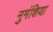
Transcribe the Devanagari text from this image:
नुमंशिया